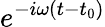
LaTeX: e^{-i\omega(t-t_{0})}